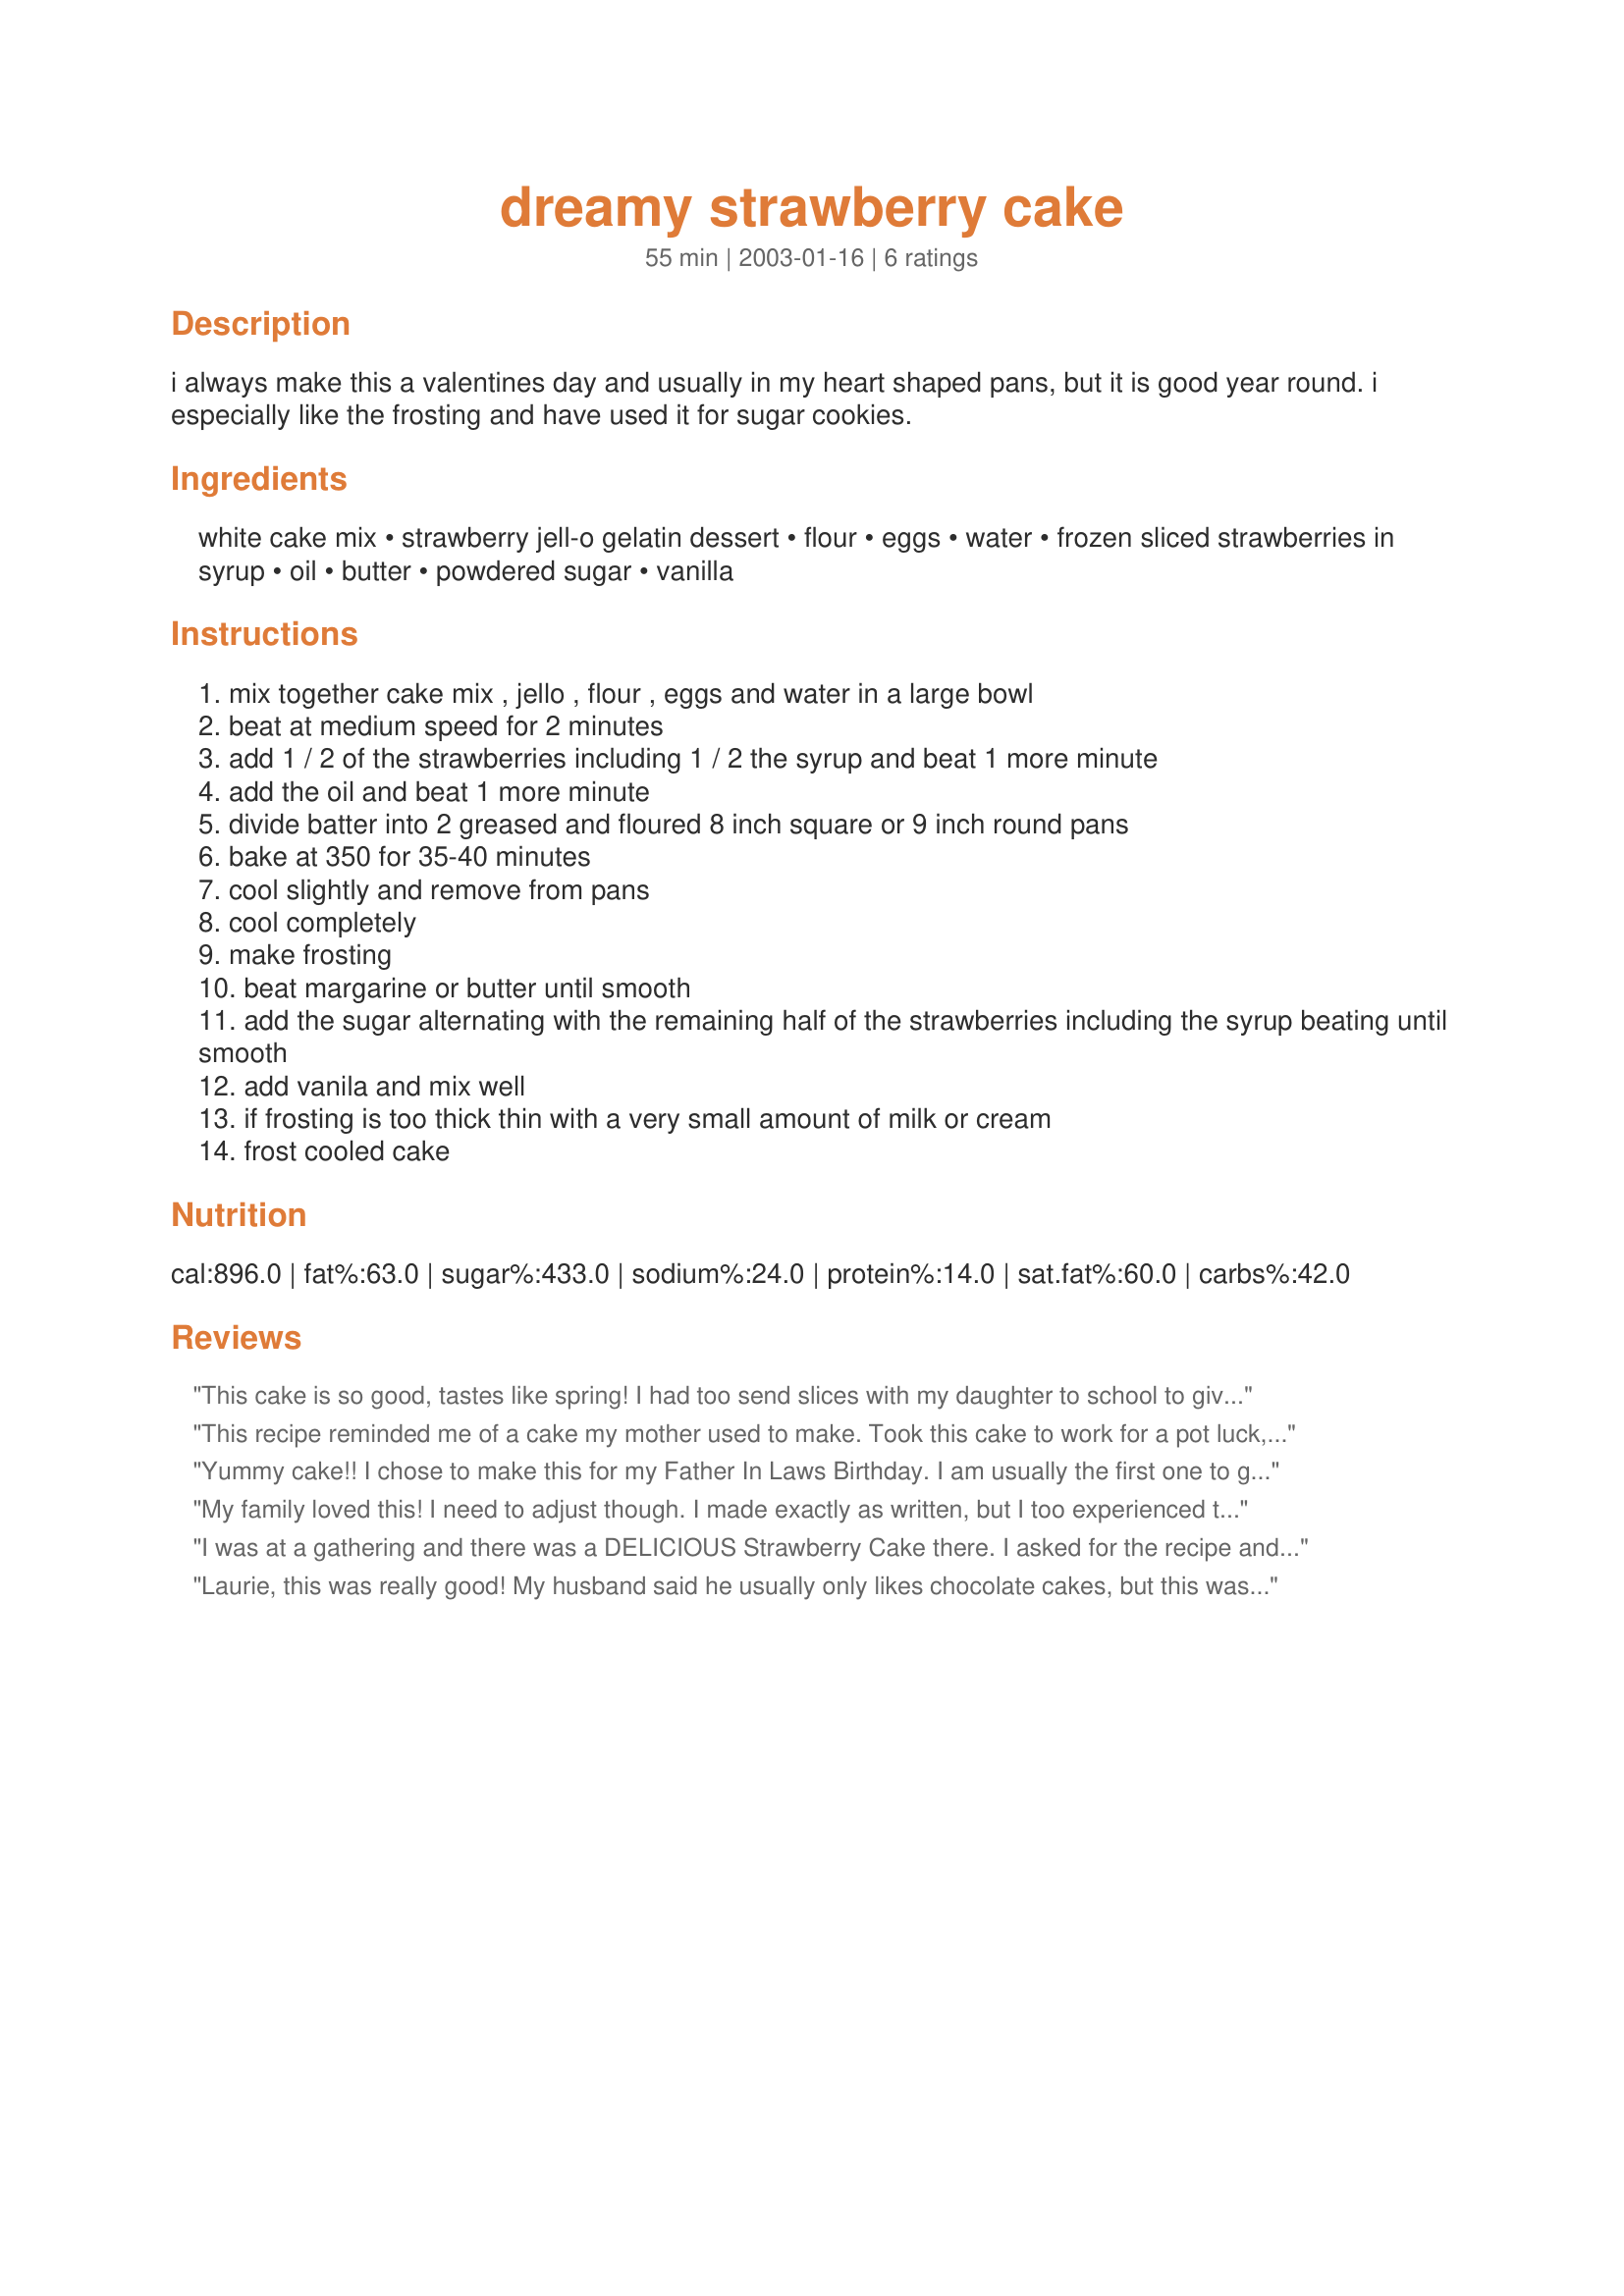
dreamy strawberry cake
Preparation time: 55 minutes

i always make this a valentines day and usually in my heart shaped pans, but it is good year round. i especially like the frosting and have used it for sugar cookies.

Ingredients:
white cake mix, strawberry jell-o gelatin dessert, flour, eggs, water, frozen sliced strawberries in syrup, oil, butter, powdered sugar, vanilla

Steps:
mix together cake mix , jello , flour , eggs and water in a large bowl
beat at medium speed for 2 minutes
add 1 / 2 of the strawberries including 1 / 2 the syrup and beat 1 more minute
add the oil and beat 1 more minute
divide batter into 2 greased and floured 8 inch square or 9 inch round pans
bake at 350 for 35-40 minutes
cool slightly and remove from pans
cool completely
make frosting
beat margarine or butter until smooth
add the sugar alternating with the remaining half of the strawberries including the syrup beating until smooth
add vanila and mix well
if frosting is too thick thin with a very small amount of milk or cream
frost cooled cake

Reviews:
This cake is so good, tastes like spring! I had too send slices with my daughter to school to give to her teachers to keep me from eating it all. I used fresh strawberries an sprinkled barely a tsp of sugar to make the syrup.
This recipe reminded me of a cake my mother used to make. Took this cake to work for a pot luck, not a crumb was left. Great recipe, thanks for sharing!!!
Yummy cake!! I chose to make this for my Father In Laws Birthday. I am usually the first one to go for something rich, or chocolatey but I wanted something a little lighter & fresher this time for some reason. This cake was great,I was really quite pleasantly surprised with the outcome here,it was very, very, moist and the strawberry flavour really stood out more than I expected. I goofed a bit on the icing though. I had about 2 cups of strawberries & syrup in total, I put one cup in the cake which I thought would be o.k. but I forgot to measure out just a little less than that for the icing, so it was a little runny. I then ran out of icing sugar before I got it to the right consistency! I had to let it set up some in the fridge and then spread some more on,so I was a little worried. In the end it was fine though,it tasted great and was a nice ending to our meal. My little girl loved the pink colour and said she wants the pink icing on her birthday cake!(coming up on Jan.22!)I can see how his would be a great cake in the heart pans for Valentines and will definitely be making it that way in the future!The icing would be great on the cookies too....(at the right consistency of course,lol!)I will use it on heart shaped cookies at Valentines also! Thanks so much Laurie! :)
My family loved this! I need to adjust though. I made exactly as written, but I too experienced the too thin icing problem, it wouldn't stay on cake. 
Also I will use a 9 in pan, because the cake rose too high for the 8 in. and I had to cut aroung to frost. But I did get it finished by cutting off excess and refrigerating the icing. I guess next time I will use less syrup in the icing and more in the cake, and use 9 inch pans. I even added more powedered sugar and that still didn't work for me. But this is a great recipe, I will just adjust next time. Thanx for posting.
I was at a gathering and there was a DELICIOUS Strawberry Cake there. I asked for the recipe and was told that I could have the recipe, but that she would leave out ONE ingredient, so mine (or anyone else's) would not come out the same as hers. That made me MAD and I was determined to find the recipe and make it. I found this, made it and it was PERFECT! It was the BEST and a BIG HIT at Bunco last night. Goes to show you that you can hide an ingredient, but you can't hide from the fabulous chefs on Recipezaar! Thanks!
Laurie, this was really good! My husband said he usually only likes chocolate cakes, but this was really good! It was perfect for Valentine's day! It looked real pretty too, all pink! Thanks for posting!
